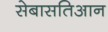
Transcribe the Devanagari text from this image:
सेबासतिआन